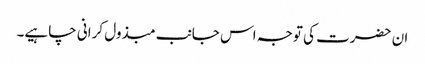
ان حضرت کی توجہ اس جانب مبذول کرانی چاہیے۔